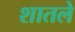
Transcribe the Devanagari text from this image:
शातले